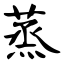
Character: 蒸